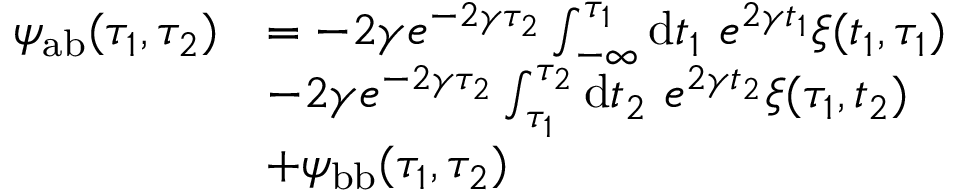
\begin{array} { r l } { \psi _ { \mathrm { a b } } ( \tau _ { 1 } , \tau _ { 2 } ) } & { = - 2 \gamma e ^ { - 2 \gamma \tau _ { 2 } } \int _ { - \infty } ^ { \tau _ { 1 } } \mathrm { d } t _ { 1 } ~ e ^ { 2 \gamma t _ { 1 } } \xi ( t _ { 1 } , \tau _ { 1 } ) } \\ & { - 2 \gamma e ^ { - 2 \gamma \tau _ { 2 } } \int _ { \tau _ { 1 } } ^ { \tau _ { 2 } } \mathrm { d } t _ { 2 } ~ e ^ { 2 \gamma t _ { 2 } } \xi ( \tau _ { 1 } , t _ { 2 } ) } \\ & { + \psi _ { \mathrm { b b } } ( \tau _ { 1 } , \tau _ { 2 } ) } \end{array}